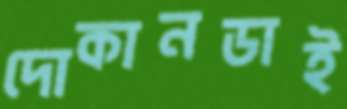
দোকানডাই